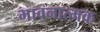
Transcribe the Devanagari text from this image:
भावनात्मक